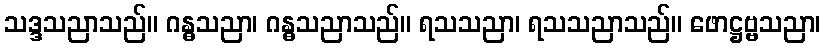
သဒ္ဒသညာသည်။ ဂန္ဓသညာ၊ ဂန္ဓသညာသည်။ ရသသညာ၊ ရသသညာသည်။ ဖောဋ္ဌဗ္ဗသညာ၊